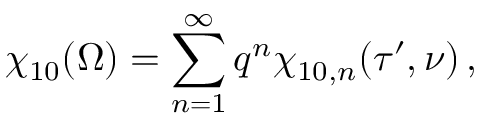
\chi _ { 1 0 } ( \Omega ) = \sum _ { n = 1 } ^ { \infty } q ^ { n } \chi _ { 1 0 , n } ( \tau ^ { \prime } , \nu ) \, ,